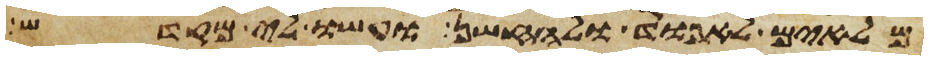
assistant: מלאים לאפוד ולחשן ועשו לי מקדש